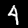
Digit: 4